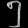
Digit: ၅